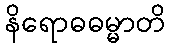
နိရောဓဓမ္မာတိ